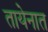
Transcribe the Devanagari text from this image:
तायेनात